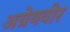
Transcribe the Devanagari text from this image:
अग्रेयवीर